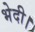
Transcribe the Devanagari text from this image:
भेदी।